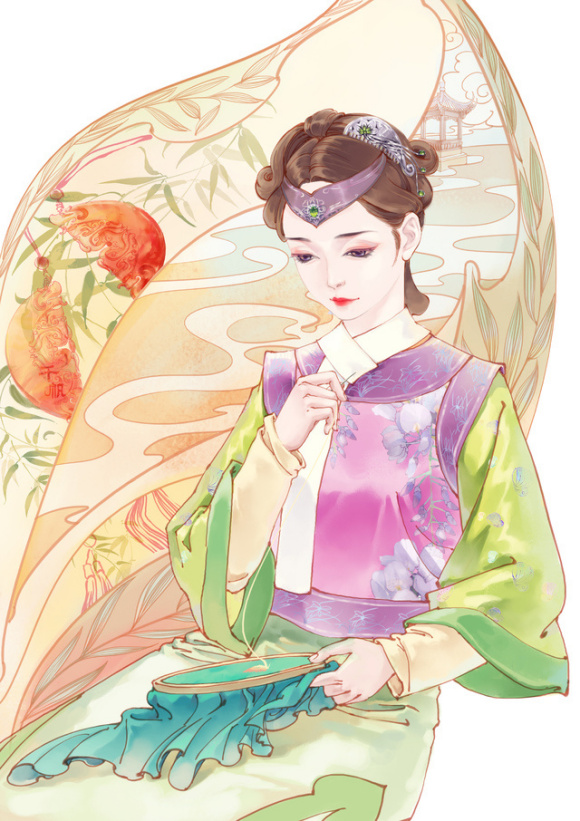
秋霜欲下手先知，灯底裁缝剪刀冷。